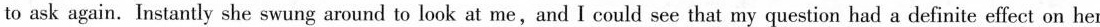
to ask again. Instantly she swung around to look at me,and I could see that my question had a definite effect on her